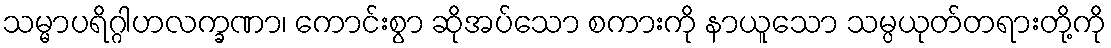
သမ္မာပရိဂ္ဂါဟလက္ခဏာ၊ ကောင်းစွာ ဆိုအပ်သော စကားကို နာယူသော သမ္ပယုတ်တရားတို့ကို